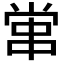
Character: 𡮕